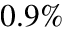
0 . 9 \%